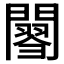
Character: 𨶟